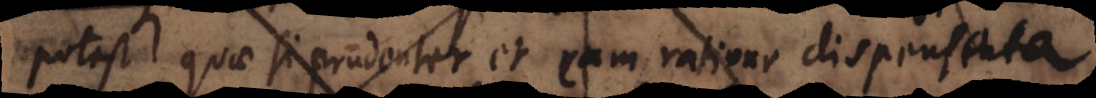
potest, quae si prudenter et cum ratione dispensata